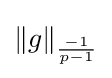
\|g\|_{\frac {-1}{p-1}}